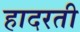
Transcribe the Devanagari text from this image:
हादरती